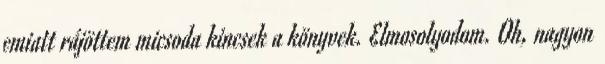
emiatt rájöttem micsoda kincsek a könyvek. Elmosolyodom. Oh, nagyon